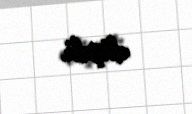
düşdü.